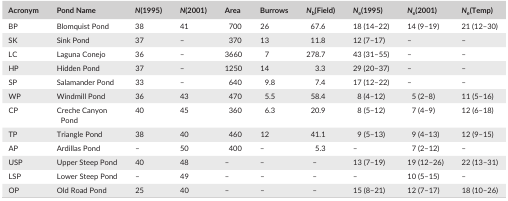
| Acronym | Pond Name | N(1995) | N(2001) | Area | Burrows | Nb(Field) | Ne(1995) | Ne(2001) | Ne(Temp) |
 | --- | --- | --- | --- | --- | --- | --- | --- | --- | --- |
 | BP | Blomquist Pond | 38 | 41 | 700 | 26 | 67.6 | 18 (14–22) | 14 (9–19) | 21 (12–30) |
 | SK | Sink Pond | 37 | – | 370 | 13 | 11.8 | 12 (7–17) | – | – |
 | LC | Laguna Conejo | 36 | – | 3660 | 7 | 278.7 | 43 (31–55) | – | – |
 | HP | Hidden Pond | 37 | – | 1250 | 14 | 3.3 | 29 (20–37) | – | – |
 | SP | Salamander Pond | 33 | – | 640 | 9.8 | 7.4 | 17 (12–22) | – | – |
 | WP | Windmill Pond | 36 | 43 | 470 | 5.5 | 58.4 | 8 (4–12) | 5 (2–8) | 11 (5–16) |
 | CP | Creche Canyon Pond | 40 | 45 | 360 | 6.3 | 20.9 | 8 (5–12) | 7 (4–9) | 12 (6–18) |
 | TP | Triangle Pond | 38 | 40 | 460 | 12 | 41.1 | 9 (5–13) | 9 (4–13) | 12 (9–15) |
 | AP | Ardillas Pond | – | 50 | 400 | – | 5.3 | – | 7 (2–12) | – |
 | USP | Upper Steep Pond | 40 | 48 | – | – | – | 13 (7–19) | 19 (12–26) | 22 (13–31) |
 | LSP | Lower Steep Pond | – | 49 | – | – | – | – | 10 (5–15) | – |
 | OP | Old Road Pond | 25 | 40 | – | – | – | 15 (8–21) | 12 (7–17) | 18 (10–26) |